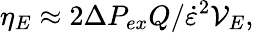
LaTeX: \eta_{E}\approx 2\Delta P_{ex}Q/\dot{\varepsilon}^{2}\mathcal{V}_{E},